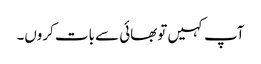
آپ کہیں توبھائی سے بات کروں۔